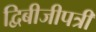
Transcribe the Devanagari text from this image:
द्विबीजीपत्री